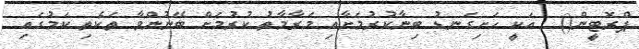
ޕްރޮޓީން()  އަކީ ހަށިގަނޑު ބިނާކުރުމަށާއި މަރާމާތު ކުރުމަށް ބޭނުންވާ ތަކެތި ކަމުގައި